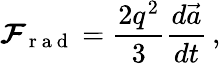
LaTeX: \boldsymbol{\mathcal{F}}_{\mathrm{{~r~a~d~}}}=\frac{{2q^{2}}}{{3}}\frac{{d\vec{{a}}}}{{dt}}\, ,